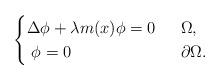
LaTeX: \begin{align*} \begin{cases} \Delta \phi + \lambda m(x) \phi = 0 &\;\;\Omega, \\ \; \phi = 0 &\;\;\partial\Omega. \end{cases}\end{align*}